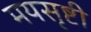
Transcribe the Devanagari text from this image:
मयसृष्टी